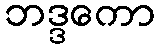
ဘဒ္ဒကော